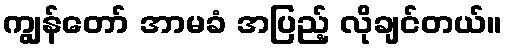
ကျွန်တော် အာမခံ အပြည့် လိုချင်တယ်။